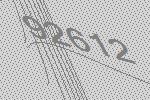
92612